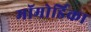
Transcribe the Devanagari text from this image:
मॉमोर्डिका